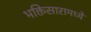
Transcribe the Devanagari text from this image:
भक्तिसारामध्ये